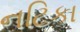
નટિકા